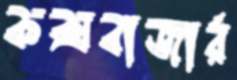
কক্সবাজার্র